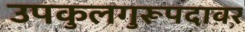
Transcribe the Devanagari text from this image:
उपकुलगुरूपदावर